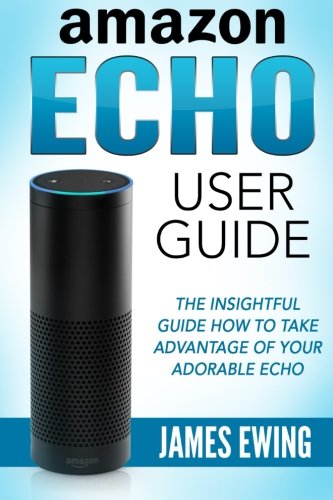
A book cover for Amazon Echo User Guide: Insightful Guide How to Take Advantage of your Adorable Echo; James Ewing; Computers & Technology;